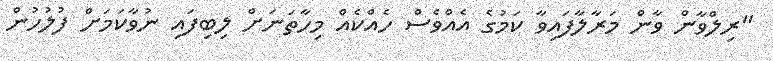
"ރިލްވާން ވާން މަރާލާފައިވާ ކަމުގެ އެއްވެސް ހެއްކެއް މިހާތަނަށް ލިބިފައި ނުވާކަމަށް ފުލުހުން